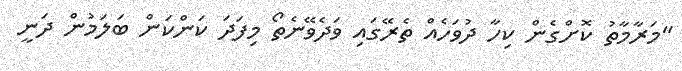
"މަރާމާތު ކޮށްގެން ކިހާ ދުވަހެއް ތެރޭގައި ވަދެވޭނެތޯ މިފަދަ ކަންކަން ބަލަމުން ދަނީ